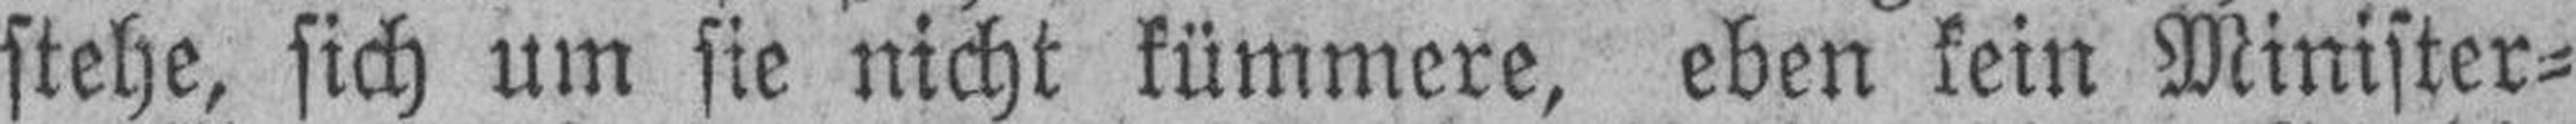
stehe, sich um sie nicht kümmere, eben kein Minister¬